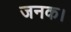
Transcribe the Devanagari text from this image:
जनक।